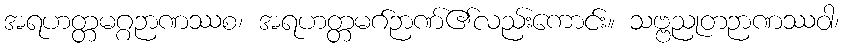
အရဟတ္တမဂ္ဂဉာဏဿစ၊ အရဟတ္တမဂ်ဉာဏ်၏လည်းကောင်း။ သဗ္ဗညုတဉာဏဿဝါ၊